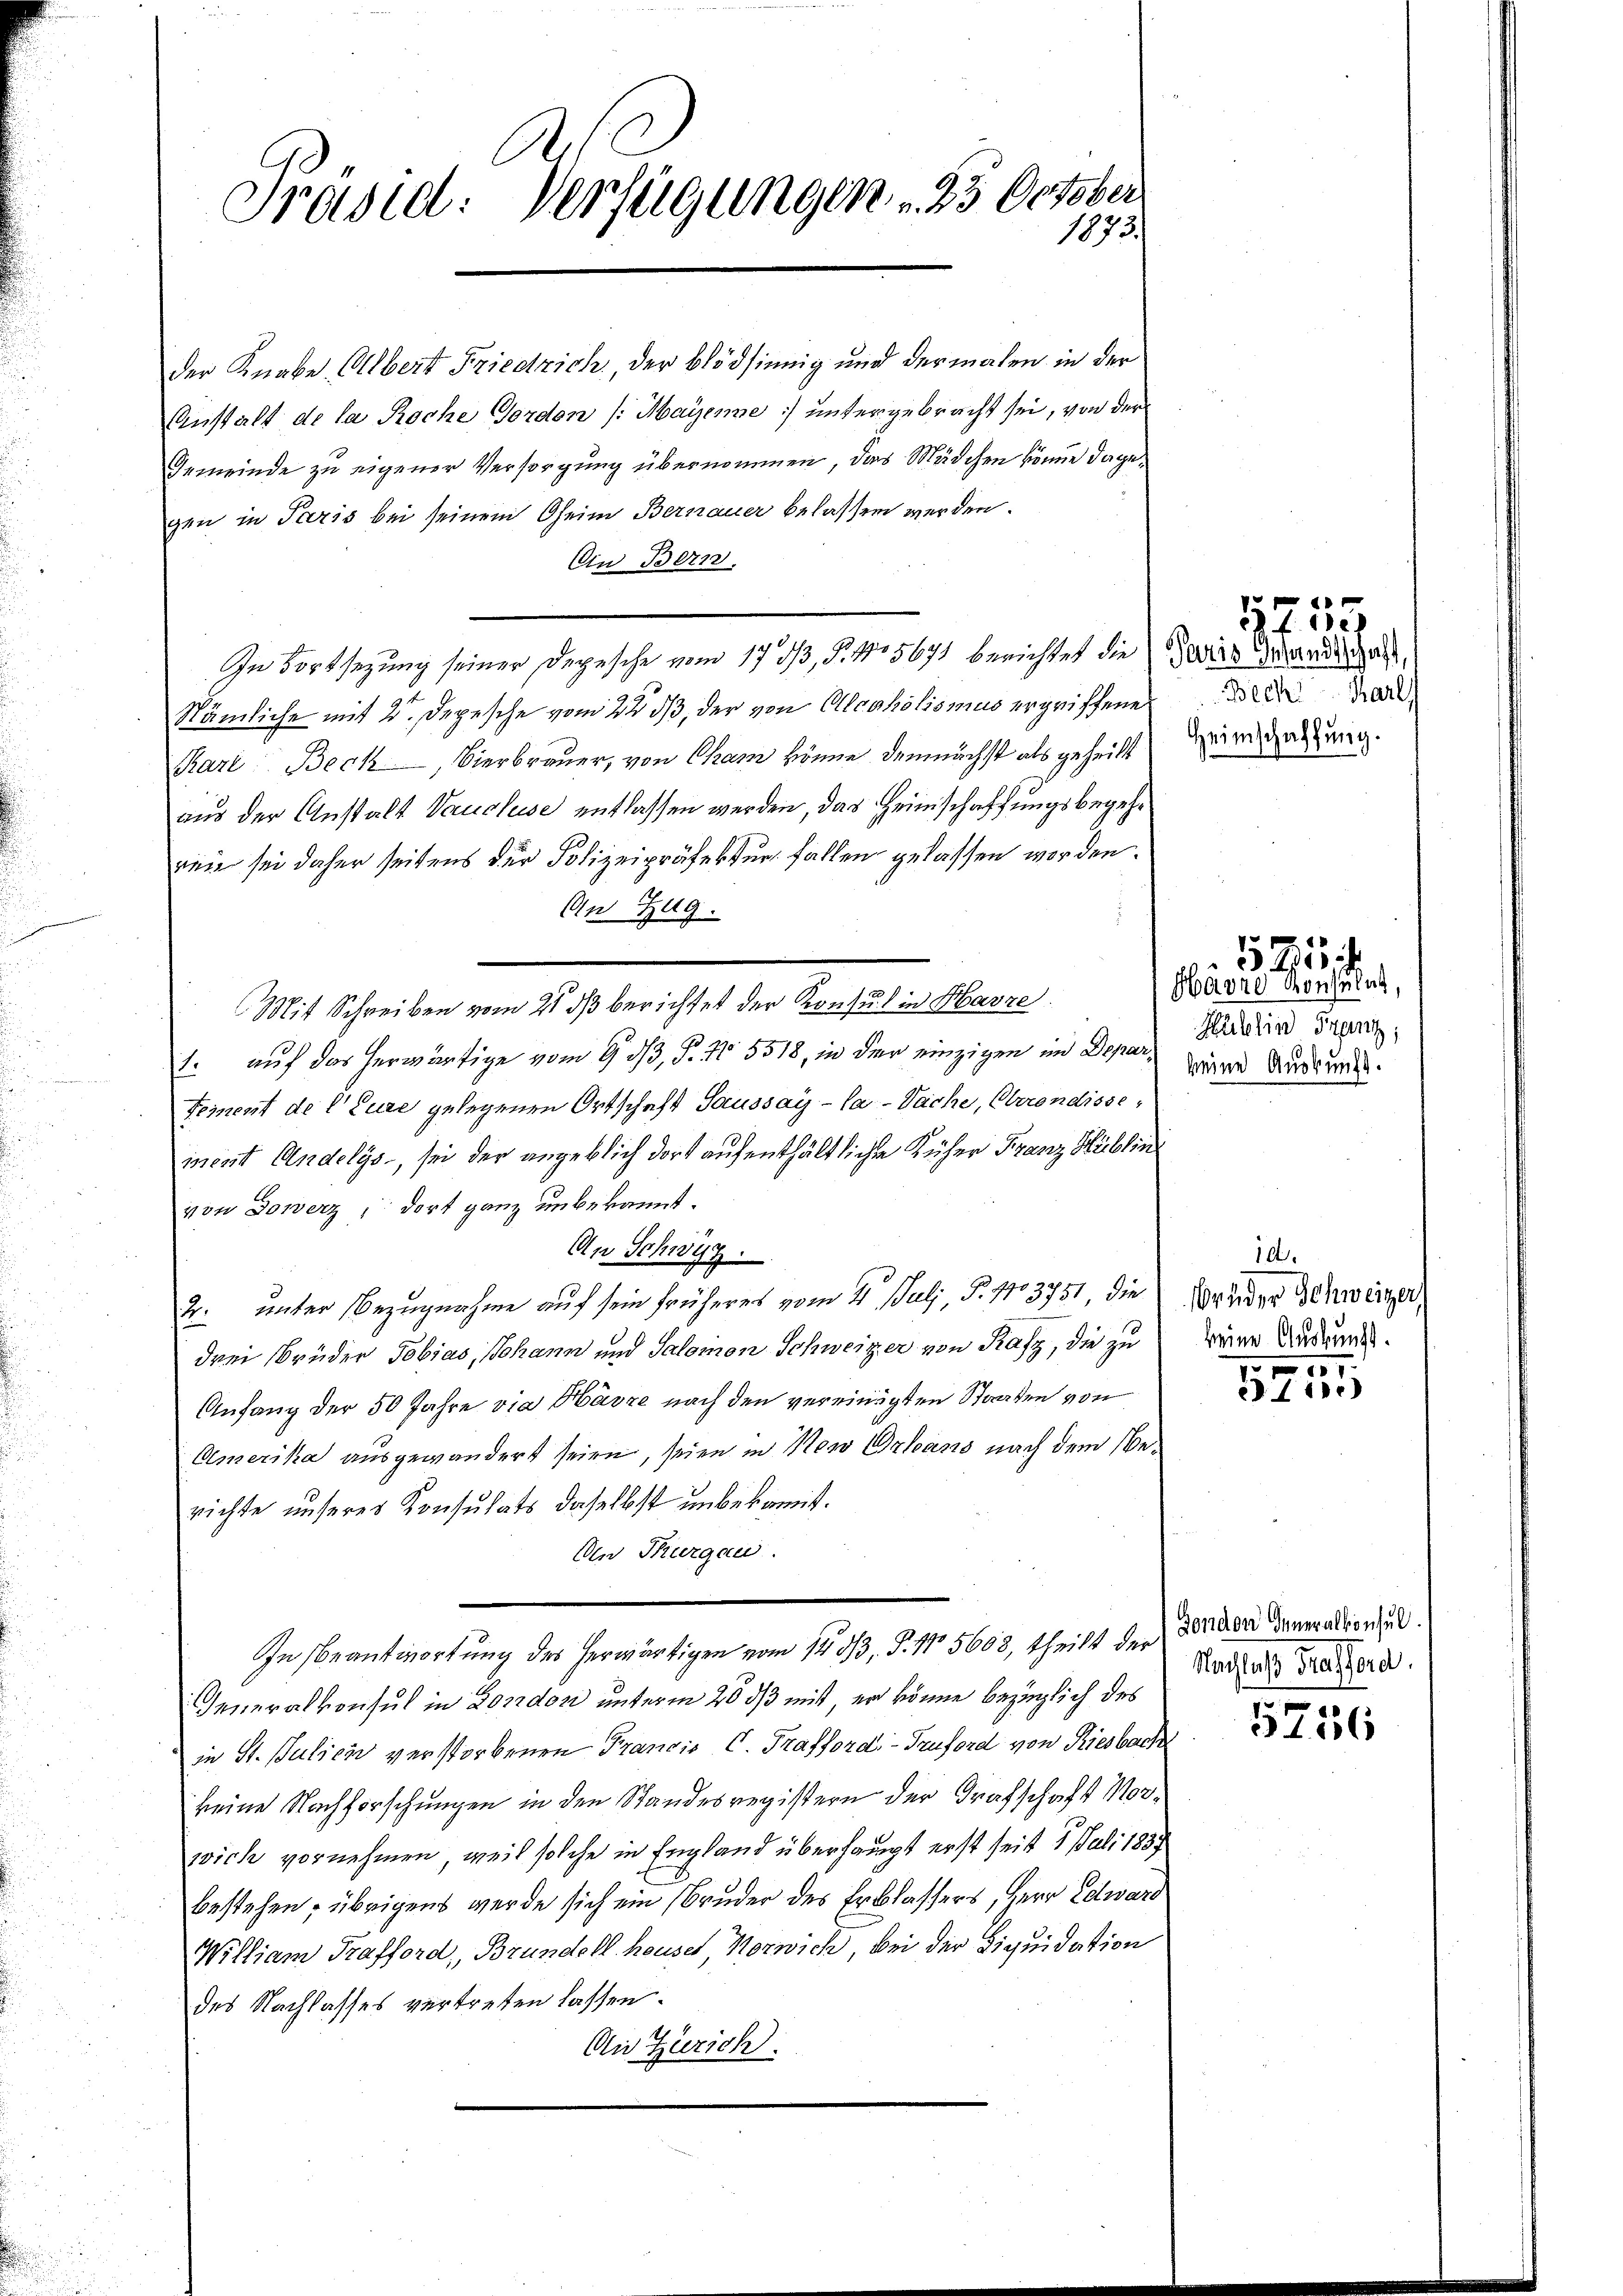
Präsid. Verfügungen . 25 October
1873.

der Knabe. Albert Friedrich, der blödsinnig und dermalen in der
Anstalt de la Roche Forden /: Mayerne untergebracht sei, von der
Gemeinde zu eigener Versorgung übernommen, das Mädchen könne dagegen in Paris bei seinem Oheim Bernauer belassen werden.
Ein Bern.
Nämliche mit 2. Depesche vom 22. ds, der von Alcoholismus ergriffene
Karl Beck, Bierbrauer, von Cham könne demnächst als geheilt
aus der Anstalt Vaucluse entlassen werden, das Heimschaffungsbegehreie sei daher seitens der Polizeipräfektur fallen gelassen werden.
An Zug.
Mit Schreiben vom 21 dβ berichtet der Konsul in Havre
1. auf das herwärtige vom 9. dß, P. 1 5518, in der einzigen im Depart seine Auskunde
femnent de l’Eure gelegenen Ortschaft Saussay-Ca-Sache, Oberendissement Andelys, sei der angeblich dort aufenthältliche Küher Franz Hüblin
von Dowerz, dort ganz unbekannt.
An Schwyz.
2. unter Bezugnahme auf sein früheres vom 4. Julj, P. 1103751, die Bruder Schweizer,
drei Brüder Tobias, Johann und Salomon Schweizer von Rafz, die zu
Anfang der 50 Jahre via Havre nach den vereinigten Strafen von
Amerika ausgewandert seien, seien in Neu Orleans nach dem Werichte unseres Konsulats daselbst unbekannt.
Un Thurgau.
In Beantwortung des herwärtigen vom 14. 533, S. Nr. 5603, theilt der Sonder denerationsul
Generalkonsul in London unterm 20 ds mit, er könne bezüglich des
in St. Julien verstorbenen Frandio C. Trafford-Truford von Riesbach
keine Nachforschungen in den Standesregistern der Grafschaft Nor-
wich vornehmen, weil solche in England überhaupt erst seit 1 Juli 1837
bestehen, übrigens werde sich ein Bruder des Erblassers, Herr Edward
William Trafford, Brundell houses Norwich, bei der Liquidation
des Nachlasses vertreten lassen.
An Zürich.

In Fortsetzung seiner Depesche vom 17. 33, S. 135671 berichtet die Paris Brandes Gast,

Becht Karls
Heimschaffung.

1753

Havre Konsulat,
Publin Franz,

12.

10.
keine Auskunft.
101

11.)

Nachlaß Trefferd.

5756